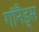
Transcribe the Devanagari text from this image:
गॉनैड्स